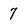
Character: 7